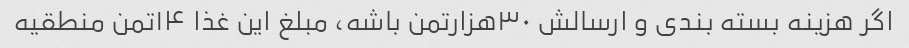
اگر هزینه بسته بندی و ارسالش ۳۰هزارتمن باشه، مبلغ این غذا ۱۴تمن منطقیه